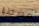
مضطرا